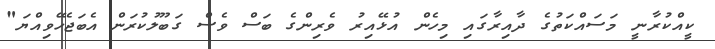
ކީއްކުރާނީ މަސައްކަތުގެ ދާއިރާގައި މިހެން އުޅޭއިރު ވެރިންގެ ބަސް ވެސް ގަބޫލުކުރަން އެބަޖެހޭވިއްޔަ"